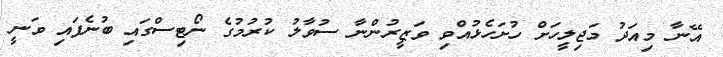
އޭނާ މިއަދު މަޖިލީހަށް ހުށަހެޅުއްވި ވަޒީރުންނާ ސުވާލު ކުރުމުގެ ނޯޓިސްގައި ބުނެފައި ވަނީ